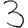
Digit: 3